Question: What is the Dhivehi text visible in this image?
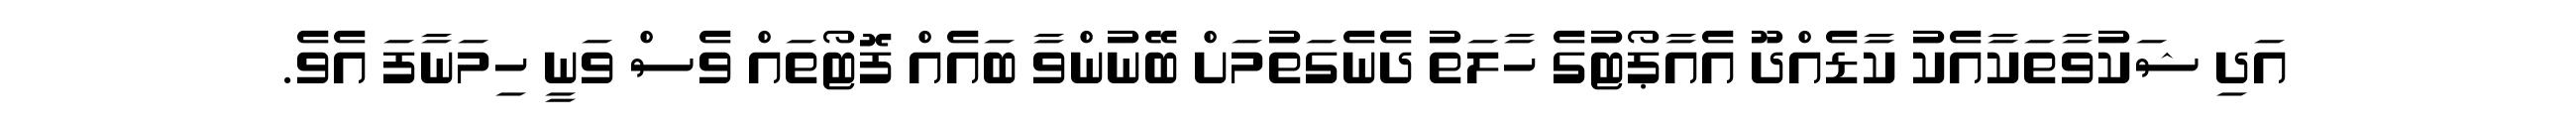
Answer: އަދި ޝަކުވާތަކާއެކު ކާޑެއްދޫ އެއާޕޯޓުގެ ހާލަތު ދެނެގަތުމަށް ބޭނުންވާ ބައެއް ފޮޓޯތައް ވެސް ވަނީ ހިމަނާފަ އެވެ.